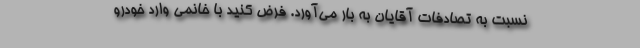
نسبت به تصادفات آقایان به بار می‌آورد. فرض کنید با خانمی وارد خودرو